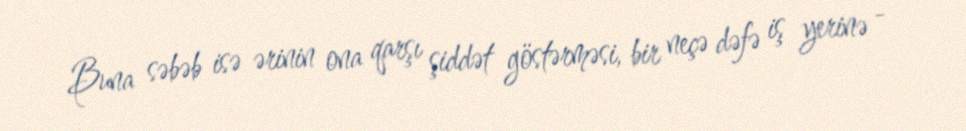
Buna səbəb isə ərinin ona qarşı şiddət göstərməsi, bir neçə dəfə iş yerinə -